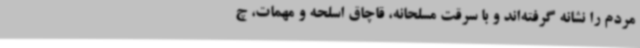
مردم را نشانه گرفته‌اند و با سرقت مسلحانه، قاچاق اسلحه و مهمات، چ